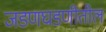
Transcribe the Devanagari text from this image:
जडणघडणीतील